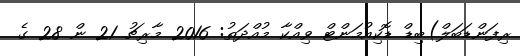
ރިފަންޑަބަލް)ބިޑް ޑޮކިއުމަންޓް ވިއްކާ މުއްދަތު: 2016 މާރިޗު 21 ން 28 ގެ